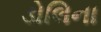
ડોલિના